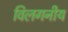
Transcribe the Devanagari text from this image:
विलगनीय